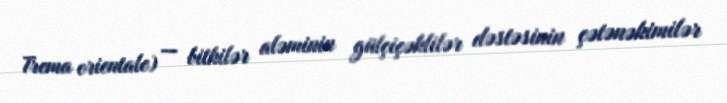
Trema orientale) — bitkilər aləminin gülçiçəklilər dəstəsinin çətənəkimilər